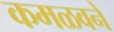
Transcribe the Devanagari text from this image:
कमळवने